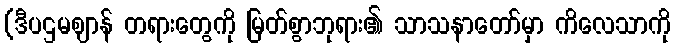
(ဒီပဌမဈာန် တရားတွေကို မြတ်စွာဘုရား၏ သာသနာတော်မှာ ကိလေသာကို